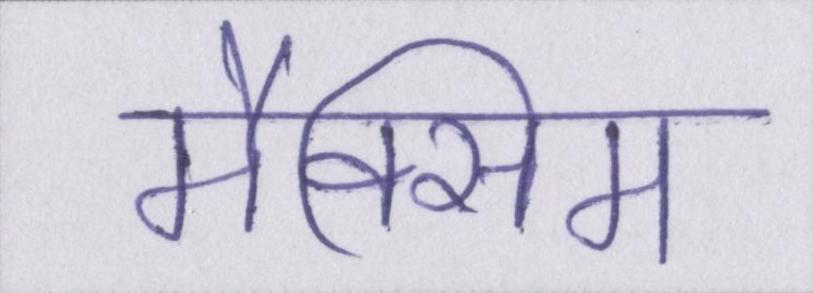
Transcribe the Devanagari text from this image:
मैक्सिम